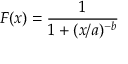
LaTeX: F ( x ) = { \frac { 1 } { 1 + ( x / a ) ^ { - b } } }